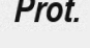
Prot.